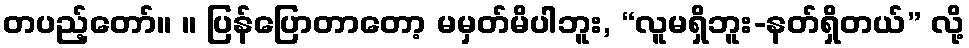
တပည့်တော်။ ။ ပြန်ပြောတာတော့ မမှတ်မိပါဘူး, “လူမရှိဘူး-နတ်ရှိတယ်” လို့